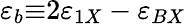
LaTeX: \varepsilon_{b}{\equiv}2\varepsilon_{1X}-\varepsilon_{BX}